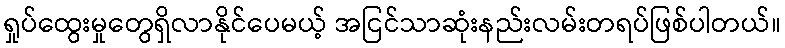
ရှုပ်ထွေးမှုတွေရှိလာနိုင်ပေမယ့် အငြင်သာဆုံးနည်းလမ်းတရပ်ဖြစ်ပါတယ်။